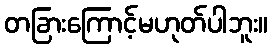
တခြားကြောင့်မဟုတ်ပါဘူး။